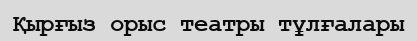
Қырғыз орыс театры тұлғалары